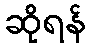
ဆိုရန်